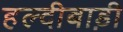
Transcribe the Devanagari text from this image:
हल्दीबाड़ी